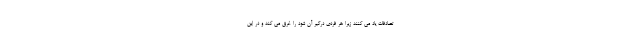
تصادفات یاد می کنند زیرا هر فردی درگیر آن شود را غرق می کند و در این